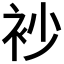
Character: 𧘡